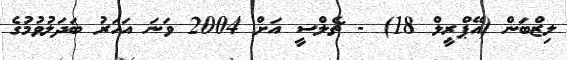
ލިޒްބަން (އޭޕްރީލް 18) - ޗެލްސީ އަށް 2004 ވަނަ އަހަރު ބަދަލުވުމުގެ